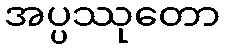
အပ္ပဿုတော